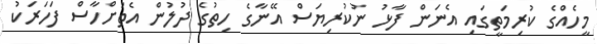
މީހެއްގެ ކުރިމަތީގައި އެނަން ފާޅު ނުކުރިޔަސް އޭނާގެ ހިތުގެ ދުލުން އެތަށްހާސް ފަހަރަކު